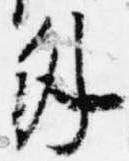
外